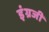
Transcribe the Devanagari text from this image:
इंंग्रजी